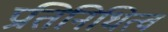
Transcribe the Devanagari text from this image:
प्रतिनिधित्व